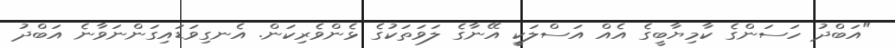
"އަބްދު ހަސަންގެ ކާމިޔާބީގެ އެއް އަސްލަކީ އޭނާގެ ލަވަތަކުގެ ޅެންވެރިކަން. އެނގިވަޑައިގަންނަވާނެ އަބްދު